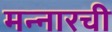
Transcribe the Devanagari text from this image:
मन्नारची